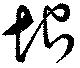
恨